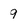
Character: 9